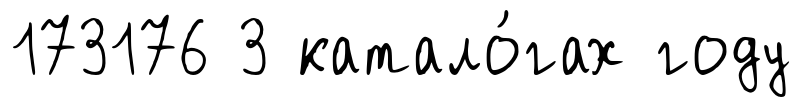
173176 3 катало́гах году